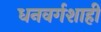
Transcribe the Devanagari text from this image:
धनवर्गशाही